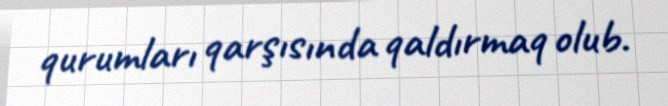
qurumları qarşısında qaldırmaq olub.